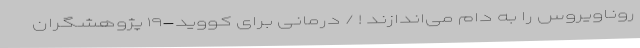
روناویروس را به دام می‌اندازند ! / درمانی برای کووید-۱۹ پژوهشگران